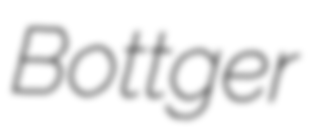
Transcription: Bottger